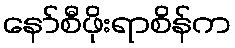
နော်စီဖိုးရာစိန်က